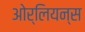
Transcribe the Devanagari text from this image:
ओर्लियन्स